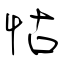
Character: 怙